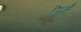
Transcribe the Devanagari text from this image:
जिन्हैं